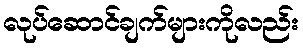
လုပ်ဆောင်ချက်များကိုလည်း